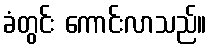
ခံတွင်း ကောင်းလာသည်။